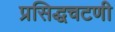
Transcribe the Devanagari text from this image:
प्रसिद्धचटणी